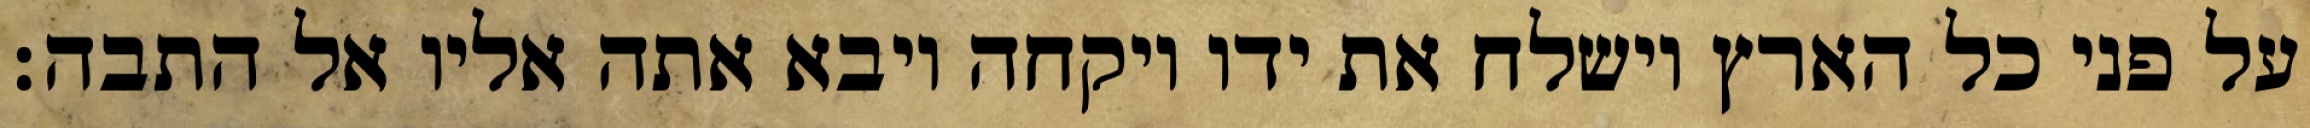
על פני כל הארץ וישלח את ידו ויקחה ויבא אתה אליו אל התבה׃